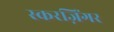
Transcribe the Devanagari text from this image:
स्करज़िंगर